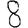
Digit: 8